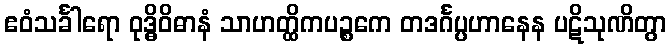
ဧဝံသင်္ခါရော ဝုဒ္ဓိဝိဓာနံ သာဟတ္ထိကပဉ္စကေ တဒင်္ဂပ္ပဟာနေန ပဋိသုဏိတွာ